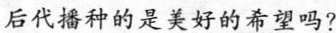
后代播种的是美好的希望吗?